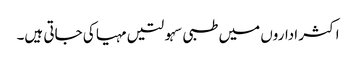
اکثر اداروں میں طبی سہولتیں مہیا کی جاتی ہیں۔